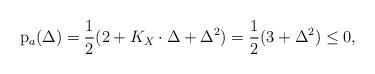
LaTeX: \begin{align*}\mathrm{p}_a(\Delta)=\frac{1}{2}(2+K_X\cdot \Delta+\Delta^2)=\frac{1}{2}(3+\Delta^2)\leq 0,\end{align*}